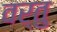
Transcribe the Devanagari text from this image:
वर्तु